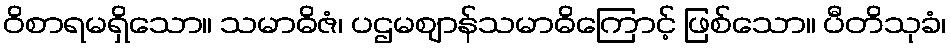
ဝိစာရမရှိသော။ သမာဓိဇံ၊ ပဌမဈာန်သမာဓိကြောင့် ဖြစ်သော။ ပီတိသုခံ၊